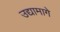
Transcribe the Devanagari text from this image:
उद्यामागे